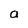
Character: a